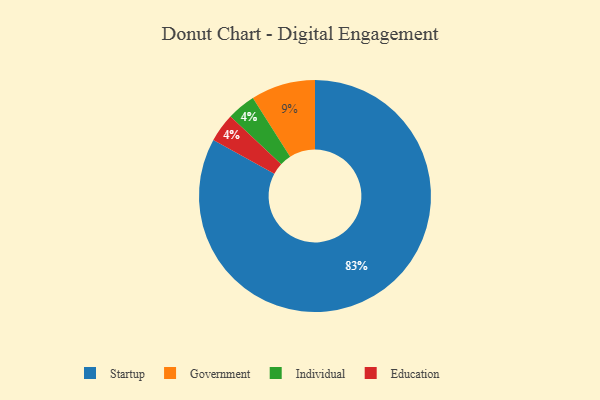
{"axis": {"x": "Category", "y": "Percentage"}, "legend": ["Education", "Government", "Individual", "Startup"], "data": [{"x": "Individual", "y": 4, "type": "Individual"}, {"x": "Government", "y": 9, "type": "Government"}, {"x": "Education", "y": 4, "type": "Education"}, {"x": "Startup", "y": 83, "type": "Startup"}]}